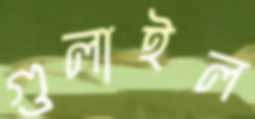
গুলাইল